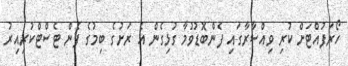
ހޯރަފުއްޓަށް ކުރި ވިއްސާރާގައި ފެންބޮޑުވުމާ ގުޅިގެން އެ ރަށުގެ ބިމުގެ ފެން ޓެސްޓްކުރިއިރު